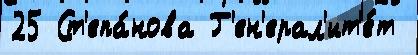
25 Ст'епа́нова Г'ен'ерал'ит'е́т